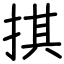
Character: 掑